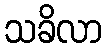
သခိလာ